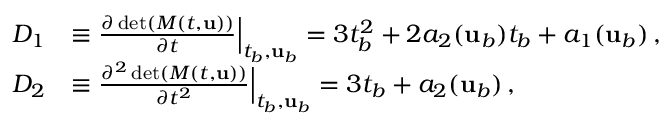
\begin{array} { r l } { D _ { 1 } } & { \equiv \frac { \partial \operatorname* { d e t } ( M ( t , { \mathbf { u } } ) ) } { \partial t } \Big \vert _ { t _ { b } , { \mathbf { u } } _ { b } } = 3 t _ { b } ^ { 2 } + 2 a _ { 2 } ( { \mathbf { u } } _ { b } ) t _ { b } + a _ { 1 } ( { \mathbf { u } } _ { b } ) \, , } \\ { D _ { 2 } } & { \equiv \frac { \partial ^ { 2 } \operatorname* { d e t } ( M ( t , { \mathbf { u } } ) ) } { \partial t ^ { 2 } } \Big \vert _ { t _ { b } , { \mathbf { u } } _ { b } } = 3 t _ { b } + a _ { 2 } ( { \mathbf { u } } _ { b } ) \, , } \end{array}